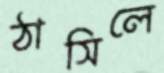
ঠাসিলে